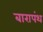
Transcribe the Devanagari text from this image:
बारापंथ